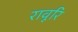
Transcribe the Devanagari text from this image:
रावूरि